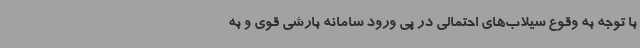
با توجه به وقوع سیلاب‌های احتمالی در پی ورود سامانه بارشی قوی و به